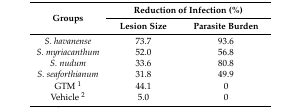
| <ROWSPAN=2> Groups | <COLSPAN=2> Reduction of Infection (%) |
 | Lesion Size | Parasite Burden |
 | --- | --- | --- |
 | S. havanense | 73.7 | 93.6 |
 | S. myriacanthum | 52.0 | 56.8 |
 | S. nudum | 33.6 | 80.8 |
 | S. seaforthianum | 31.8 | 49.9 |
 | GTM 1 | 44.1 | 0 |
 | Vehicle 2 | 5.0 | 0 |